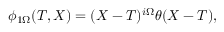
\phi _ { 1 \Omega } ( T , X ) = ( X - T ) ^ { i \Omega } \theta ( X - T ) ,